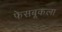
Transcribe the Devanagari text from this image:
फेसबूकला